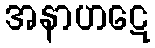
အနာဟဋေ